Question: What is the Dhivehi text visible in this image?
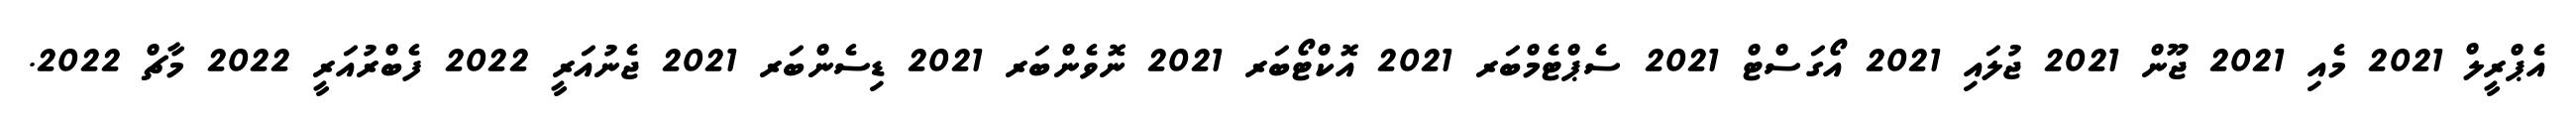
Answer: އެޕްރީލް 2021 މެއި 2021 ޖޫން 2021 ޖުލައި 2021 އޯގަސްޓް 2021 ސެޕްޓެމްބަރ 2021 އޮކްޓޯބަރ 2021 ނޮވެންބަރ 2021 ޑިސެންބަރ 2021 ޖެނުއަރީ 2022 ފެބްރުއަރީ 2022 މާޗް 2022.